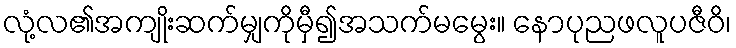
လုံ့လ၏အကျိုးဆက်မျှကိုမှီ၍အသက်မမွေး။ နောပုညဖလူပဇီဝိ၊